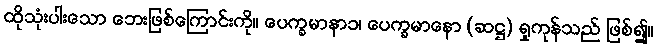
ထိုသုံးပါးသော ဘေးဖြစ်ကြောင်းကို။ ပေက္ခမာနာ၁၊ ပေက္ခမာနော (ဆဋ္ဌ) ရှုကုန်သည် ဖြစ်၍။